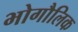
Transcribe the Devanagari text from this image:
भोगौलिक